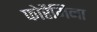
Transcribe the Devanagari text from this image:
फोरैमिना